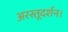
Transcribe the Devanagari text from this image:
अरस्तूदर्शन।